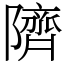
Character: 隮